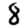
Digit: 8